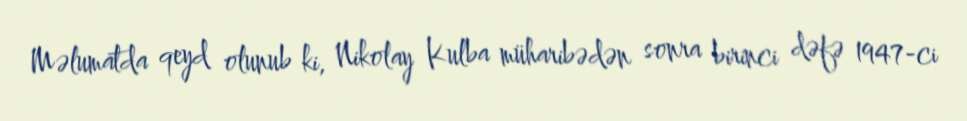
Məlumatda qeyd olunub ki, Nikolay Kulba müharibədən sonra birinci dəfə 1947-ci